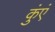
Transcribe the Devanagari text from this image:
कुंएं